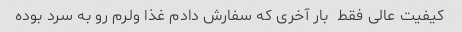
کیفیت عالی فقط  بار آخری که سفارش دادم غذا ولرم رو به سرد بوده